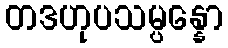
တဒဟုပသမ္ပန္နော